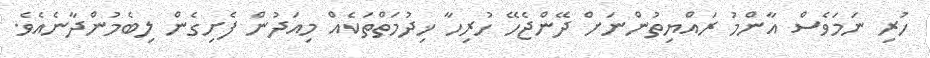
ހުރި ނަމަވެސް އާންމު ރައްޔިތުންނަށް ދޭންޖެހޭ ހުރިހާ ޚިދުމަތްތަކެއް މިއަދުން ފެށިގެން ލިބެމުންދާނެއެވެ.